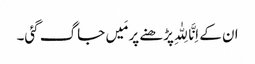
ان کے اِنَّا لِلّٰہِ پڑھنے پر مَیں جاگ گئی۔